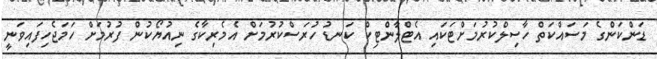
ޑަންކަންގެ މަސައްކަތް ހާސިލްކުރުމަށްޓަކައި އެޓްލާންޓިކް ކަނޑު ހުރަސްކުރުމަށް އެމެރިކާގެ ނިއުޔޯކުން ފުރުމަށް ހަމަޖެހިފައިވަނީ